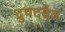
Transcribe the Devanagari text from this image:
द्रुपददेव